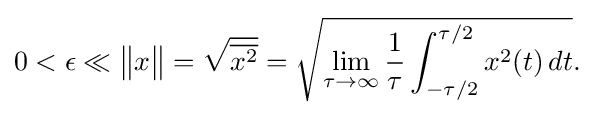
0<\epsilon \ll {\big \Vert }x{\big \Vert }={\sqrt {\overline {x^{2}}}}={\sqrt {\lim _{\tau \to \infty }{\frac {1}{\tau }}\int _{-\tau /2}^{\tau /2}x^{2}(t)\,dt}}.\